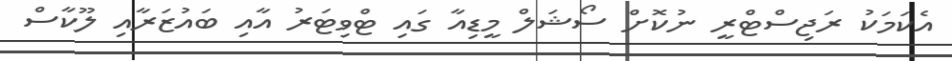
އެކަމަކު ރަޖިސްޓްރީ ނުކޮށް ސޯޝަލް މީޑިއާ ގައި ޓްވިޓަރު އާއި ބައުޒަރާއި ލޫކާސް